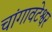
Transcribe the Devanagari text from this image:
चांगावटेश्वर